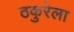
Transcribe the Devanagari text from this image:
ठकुरेला